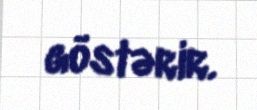
göstərir.